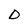
Character: D